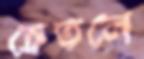
চেতলে